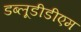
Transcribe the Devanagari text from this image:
डब्लूडीडीएम